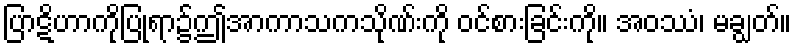
ပြာဋိဟာကိုပြုရာ၌ဤအာကာသကသိုဏ်းကို ဝင်စားခြင်းကို။ အဝဿံ၊ မချွတ်။